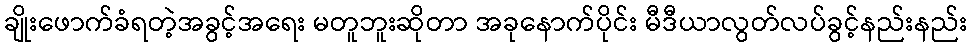
ချိုးဖောက်ခံရတဲ့အခွင့်အရေး မတူဘူးဆိုတာ အခုနောက်ပိုင်း မီဒီယာလွတ်လပ်ခွင့်နည်းနည်း